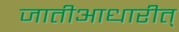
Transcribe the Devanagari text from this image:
जातीआधारीत्